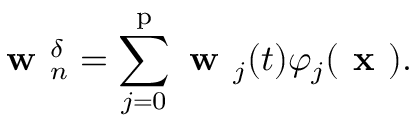
\textbf { w } _ { n } ^ { \delta } = \sum _ { j = 0 } ^ { \mathrm { p } } \textbf { w } _ { j } ( t ) \varphi _ { j } ( \textbf { x } ) .